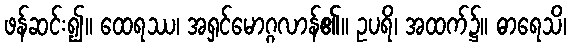
ဖန်ဆင်း၍။ ထေရဿ၊ အရှင်မောဂ္ဂလာန်၏။ ဥပရိ၊ အထက်၌။ ဓာရေသိ၊